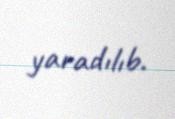
yaradılıb.